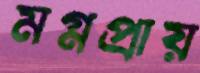
মগ্নপ্রায়